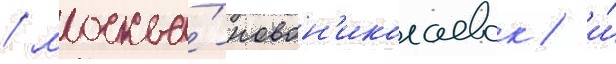
/ москва́-новон'иколаевск / и́